Riigikantselei, lk 146
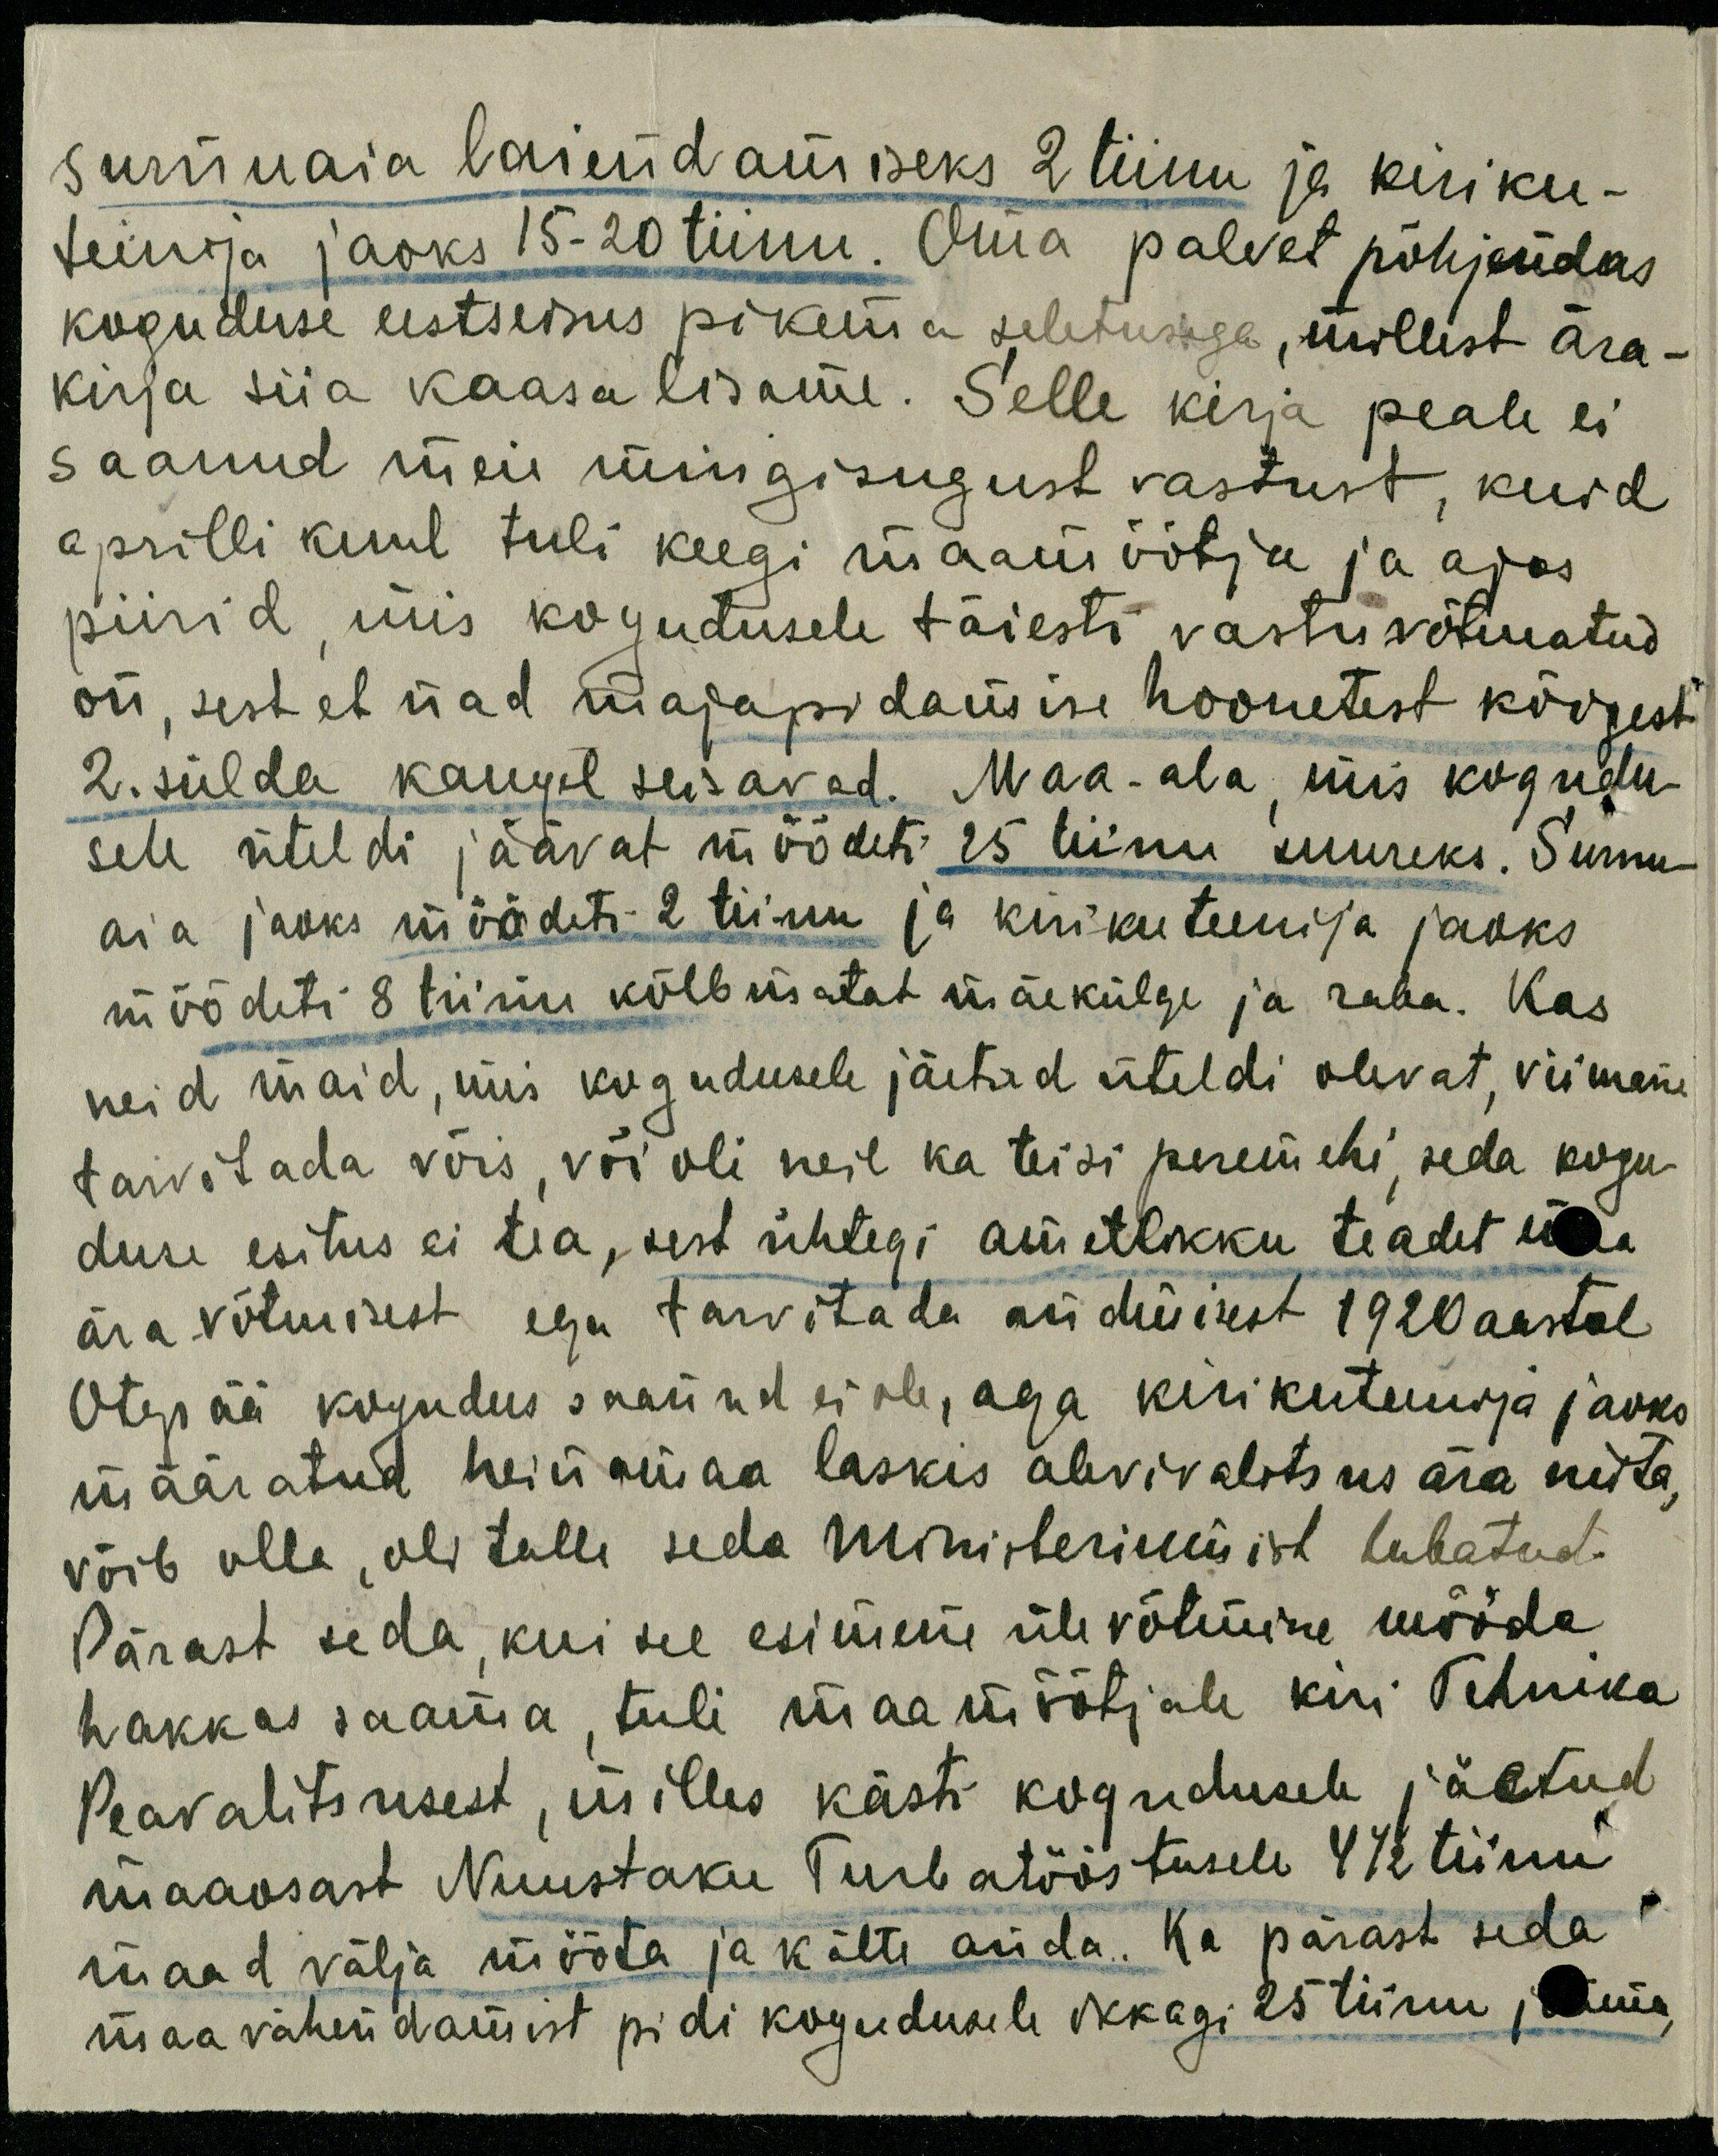
surmuaia laiendamiseks 2 tiinu ja kiriku-
teenija jaoks 15-20 tiinu. Oma palvet põhjendas
koguduse eestseisus pikema seletusega, millest ära-
kirja siia kaasa lisame. Selle kirja peale ei
saanud meie mingisugust vastust, kuid
aprilli kuul tuli keegi maamõõtja ja ajas
piirid, mis kogudusele täiesti vastu võtmatud
on, sest et nad majapidamise hoonetest kõigest
2. sülda kaugel seisavad. Maa-ala, mis kogudu-
sele üteldi jäävat mõõdeti 25 tiinu suureks. Surnu
aia jaoks mõõdeti 2 tiinu ja kirikuteenija jaoks
mõõdeti 8 tiinu kõlbmatat mäekülge ja raba. Kas
neid maid, mis kogudusele jäetud üteldi olevat, viimane
tarvitada võis, või oli neil ka teisi peremehi, seda kogu-
duse esitus ei tea, sest ühtegi ametlikku teadet maa
ära võtmisest ega tarvitada andmisest 1920 aastal
Otepää kogudus saanud ei ole, aga kirikuteenija jaoks
määratud heinamaa laskis alevivalitsus ära niita,
võib olla, oli talle seda Ministeriumist lubatud.
Pärast seda, kui see esimene ülevõtmine mööda
hakkas saama, tuli maamõõtjale kiri Tehnika
Peavalitsusest, milles kästi kogudusele jäetud
maaosast Nuustaku Turbatööstusele 4 1/2 tiinu
maad välja mõõta ja kätte anda. Ka pärast seda
maa vähendamist pidi kogudusele ikkagi 25 tiinu, oma,